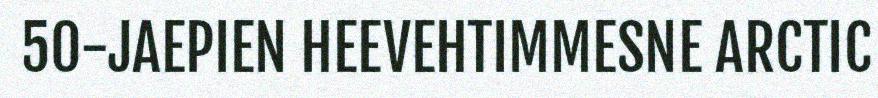
50-JAEPIEN HEEVEHTIMMESNE ARCTIC